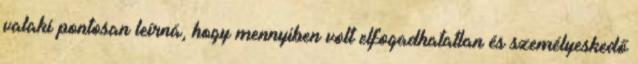
valaki pontosan leírná, hogy mennyiben volt elfogadhatatlan és személyeskedő